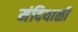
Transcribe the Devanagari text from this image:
मंदियाळी